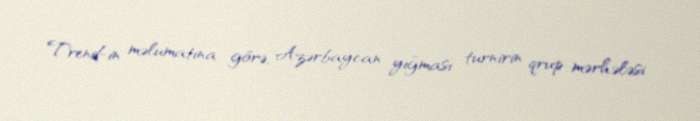
Trend-in məlumatına görə, Azərbaycan yığması turnirin qrup mərhələsi